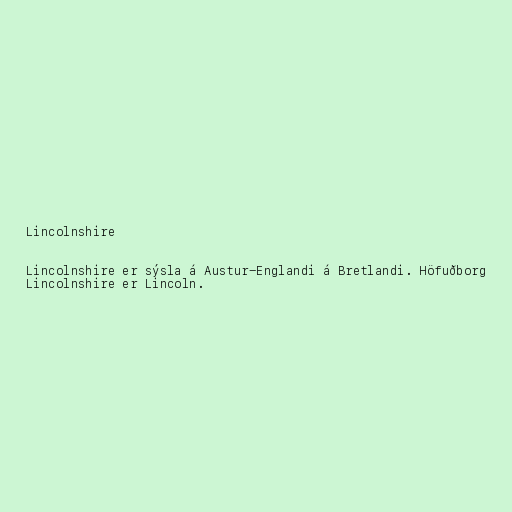
Lincolnshire

Lincolnshire er sýsla á Austur-Englandi á Bretlandi. Höfuðborg
Lincolnshire er Lincoln.